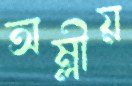
অম্লীয়